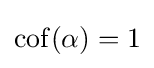
\operatorname {cof} (\alpha )=1